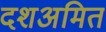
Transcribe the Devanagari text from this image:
दशअमित